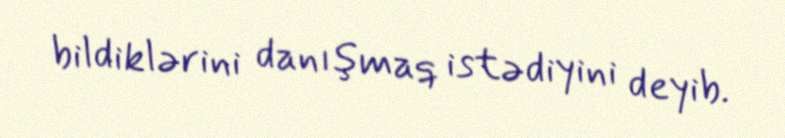
bildiklərini danışmaq istədiyini deyib.